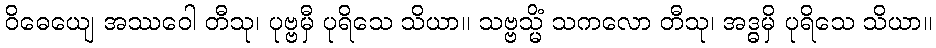
ဝိဓေယျေ အဿဝေါ တီသု၊ ပုဗ္ဗမှီ ပုရိသေ သိယာ။ သဗ္ဗသ္မိံ သကလော တီသု၊ အဒ္ဓမှိ ပုရိသေ သိယာ။